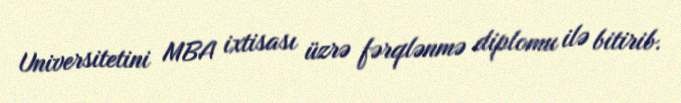
Universitetini MBA ixtisası üzrə fərqlənmə diplomu ilə bitirib.